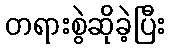
တရားစွဲဆိုခဲ့ပြီး